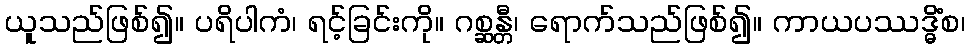
ယူသည်ဖြစ်၍။ ပရိပါကံ၊ ရင့်ခြင်းကို။ ဂစ္ဆန္တီ၊ ရောက်သည်ဖြစ်၍။ ကာယပဿဒ္ဓိံစ၊